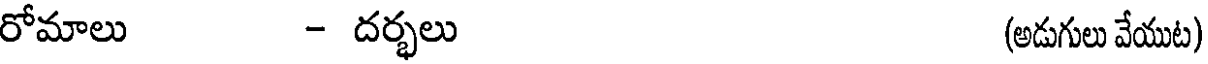
రోమాలు - దర్భలు (అడుగులు వేయుట)